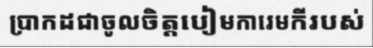
ប្រាកដជាចូលចិត្តបៀមការេមកីរបស់